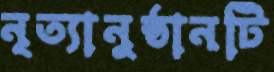
নৃত্যানুষ্ঠানটি